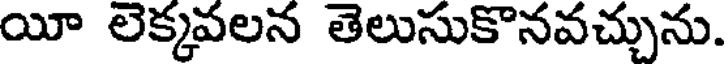
యీ లెక్కపలన తెలుసుకొనవచ్చును.